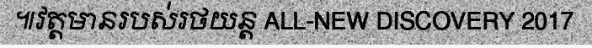
៕វត្តមានរបស់រថយន្ត ALL-NEW DISCOVERY 2017